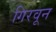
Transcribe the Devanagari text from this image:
गिरवून